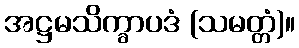
အဋ္ဌမသိက္ခာပဒံ (သမတ္တံ)။